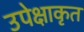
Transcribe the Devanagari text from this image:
उपेक्षाकृत